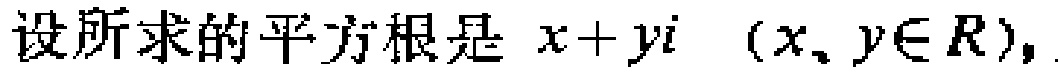
设所求的平方根是 \(x + yi\) \((x,y\in R)\)，